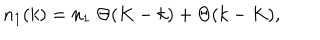
LaTeX: n _ { 1 } ( k ) = n _ { 1 } \; \Theta ( K - k ) + \Theta ( k - K ) ,